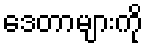
ဒေတာများကို